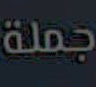
جملة